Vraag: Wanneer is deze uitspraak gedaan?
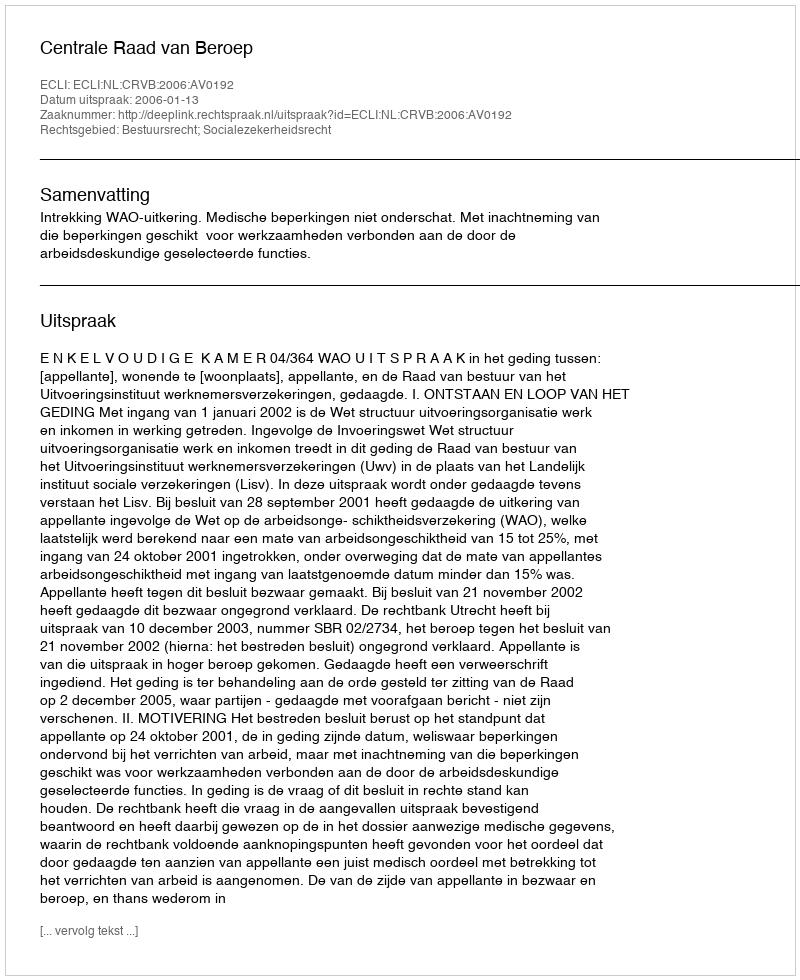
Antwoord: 2006-01-13